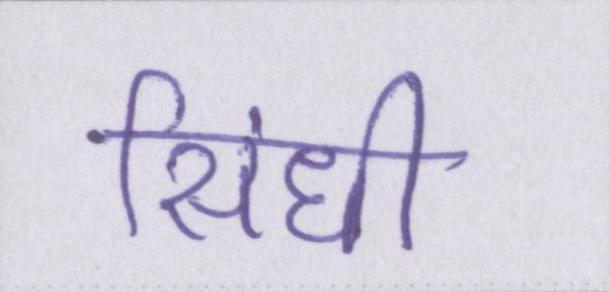
सिंधी